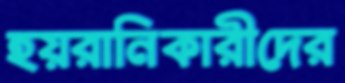
হয়রানিকারীদের